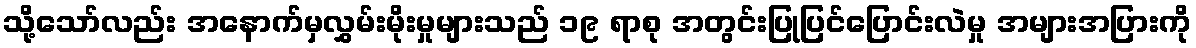
သို့သော်လည်း အနောက်မှလွှမ်းမိုးမှုများသည် ၁၉ ရာစု အတွင်းပြုပြင်ပြောင်းလဲမှု အများအပြားကို